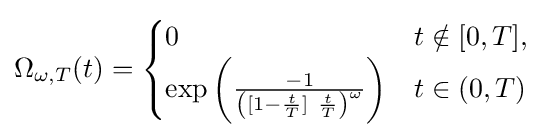
\Omega _{\omega ,T}(t)={\begin{cases}0&t\notin [0,T],\\\exp \left({\frac {-1}{\left([1-{\frac {t}{T}}]~{\frac {t}{T}}\right)^{\omega }}}\right)&t\in (0,T)\end{cases}}